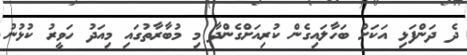
ދެ ދަންފަޅި އަކަށް ބަހާލައިގެން ކުރިއަށްގެންދާ މި މުބާރާތުގައި މިއަދު ހަވީރު ކުޅުނު